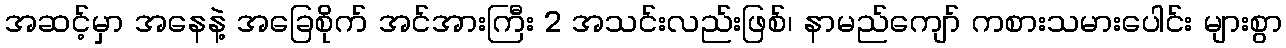
အဆင့်မှာ အနေနဲ့ အခြေစိုက် အင်အားကြီး 2 အသင်းလည်းဖြစ်၊ နာမည်ကျော် ကစားသမားပေါင်း များစွာ